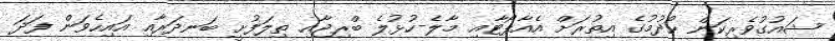
ޝައުގުވެރިކަން ހޯދުމުގެ އިތުރަށް އެއާޕޯޓާއި މާލެ-ހުޅުލެ ބްރިޖާއި ތިލަފުށީ ބަނދަރާއި އައިހެވަން ފަދަ